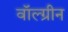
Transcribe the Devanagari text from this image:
वॉल्ग्रीन